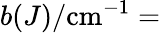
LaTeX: b(J)/\textrm{cm}^{-1}=